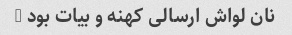
نان لواش ارسالی کهنه و بیات بود …